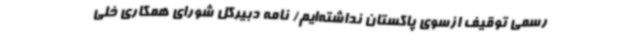
رسمی توقیف ازسوی پاکستان نداشته‌ایم/ نامه دبیرکل شورای همکاری خلی